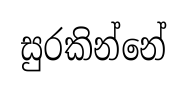
සුරකින්නේ